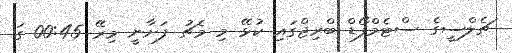
ޗެލްސީގެ ސްޓެމްފޯޑް ބްރިޖްގައި ކުޅޭ މި މެޗު ފަށާނީ މިރޭ 00:45 ގަ